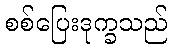
စစ်ပြေးဒုက္ခသည်